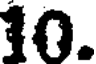
10.